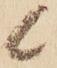
候